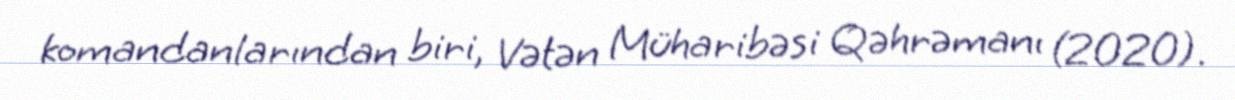
komandanlarından biri, Vətən Müharibəsi Qəhrəmanı (2020).